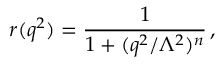
r ( q ^ { 2 } ) = \frac { 1 } { 1 + ( q ^ { 2 } / \Lambda ^ { 2 } ) ^ { n } } \, ,